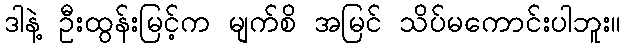
ဒါနဲ့ ဦးထွန်းမြင့်က မျက်စိ အမြင် သိပ်မကောင်းပါဘူး။